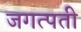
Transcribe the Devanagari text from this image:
जगत्पती